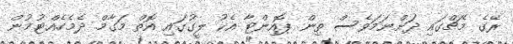
ރޭގެ މެޗްގައި ދަށްނަމަވެސް ތިން ޕޮއިންޓާ އެކު ލީގުގައި އޮތް މަގާމް ދެމެހެއްޓުމުން